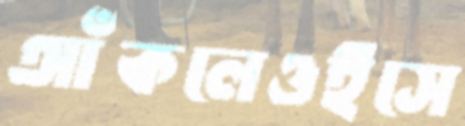
আঁকলেওইসে